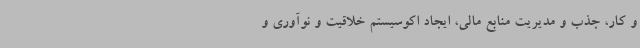
و کار، جذب و مدیریت منابع مالی، ایجاد اکوسیستم خلاقیت و نوآوری و